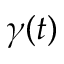
\gamma ( t )